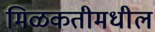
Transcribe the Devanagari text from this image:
मिळकतीमधील